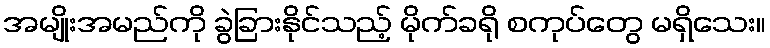
အမျိုးအမည်ကို ခွဲခြားနိုင်သည့် မိုက်ခရို စကုပ်တွေ မရှိသေး။